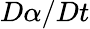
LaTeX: D\alpha/Dt